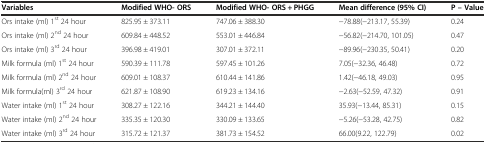
<table><thead><tr><td><b>Variables</b></td><td><b>Modified WHO- ORS</b></td><td><b>Modified WHO- ORS + PHGG</b></td><td><b>Mean difference (95% CI)</b></td><td><b>P – Value</b></td></tr></thead><tbody><tr><td>Ors intake (ml) 1<sup>st</sup> 24 hour</td><td>825.95 ± 373.11</td><td>747.06 ± 388.30</td><td>−78.88(−213.17, 55.39)</td><td>0.24</td></tr><tr><td>Ors intake (ml) 2<sup>nd</sup> 24 hour</td><td>609.84 ± 448.52</td><td>553.01 ± 446.84</td><td>−56.82(−214.70, 101.05)</td><td>0.47</td></tr><tr><td>Ors intake (ml) 3<sup>rd</sup> 24 hour</td><td>396.98 ± 419.01</td><td>307.01 ± 372.11</td><td>−89.96(−230.35, 50.41)</td><td>0.20</td></tr><tr><td>Milk formula (ml) 1<sup>st</sup> 24 hour</td><td>590.39 ± 111.78</td><td>597.45 ± 101.26</td><td>7.05(−32.36, 46.48)</td><td>0.72</td></tr><tr><td>Milk formula (ml) 2<sup>nd</sup> 24 hour</td><td>609.01 ± 108.37</td><td>610.44 ± 141.86</td><td>1.42(−46.18, 49.03)</td><td>0.95</td></tr><tr><td>Milk formula(ml) 3<sup>rd</sup> 24 hour</td><td>621.87 ± 108.90</td><td>619.23 ± 134.16</td><td>−2.63(−52.59, 47.32)</td><td>0.91</td></tr><tr><td>Water intake (ml) 1<sup>st</sup> 24 hour</td><td>308.27 ± 122.16</td><td>344.21 ± 144.40</td><td>35.93(−13.44, 85.31)</td><td>0.15</td></tr><tr><td>Water intake (ml) 2<sup>nd</sup> 24 hour</td><td>335.35 ± 120.30</td><td>330.09 ± 133.65</td><td>−5.26(−53.28, 42.75)</td><td>0.82</td></tr><tr><td>Water intake (ml) 3<sup>rd</sup> 24 hour</td><td>315.72 ± 121.37</td><td>381.73 ± 154.52</td><td>66.00(9.22, 122.79)</td><td>0.02</td></tr></tbody></table>